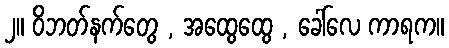
၂။ ဝိဘတ်နက်တွေ , အထွေထွေ , ခေါ်လေ ကာရက။